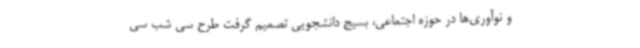
و نوآوری‌ها در حوزه اجتماعی، بسیج دانشجویی تصمیم گرفت طرح سی شب سی